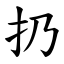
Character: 扔